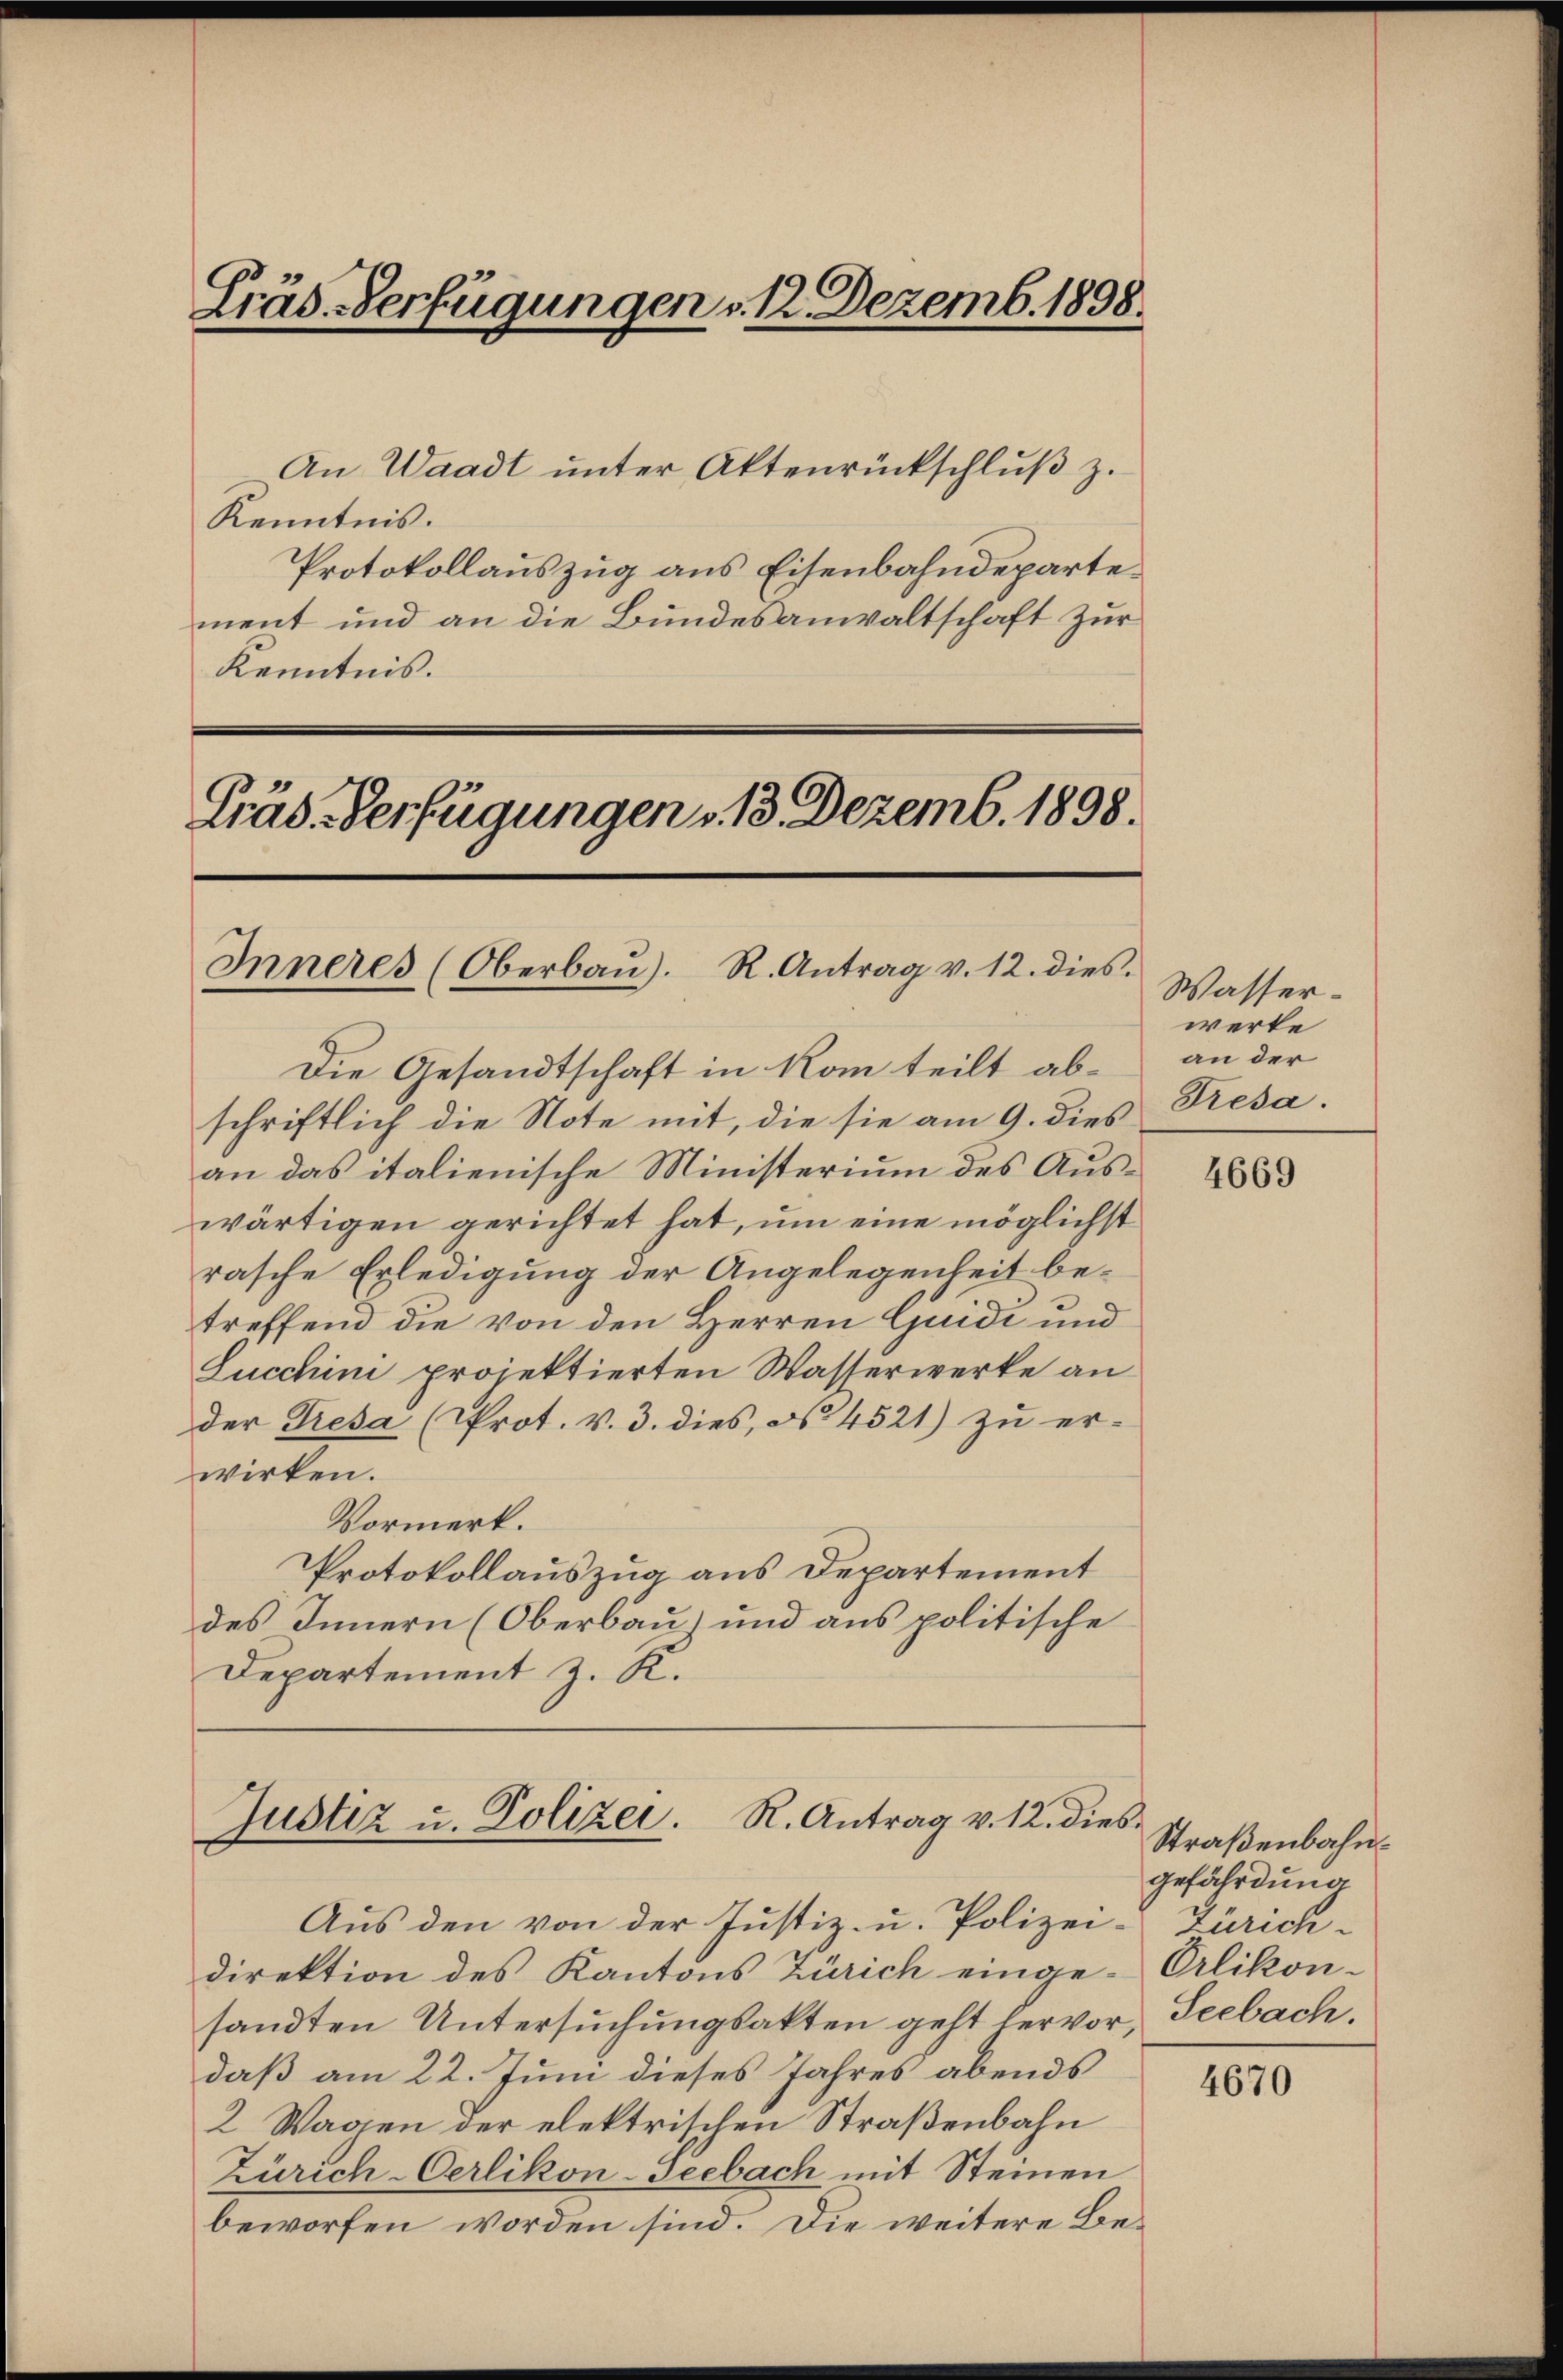
Cräs. Verfügungen v. 12. Dezemb. 1898.

An Waadt ŭnter Aktenrückschlŭβ z.
Kenntnis.
Protokollauszug aus Eisenbahndepartement und an die Bundesanwaltschaft zur
Kenntnis.

Präs. Verfügungen v. 13. Dezemb. 1898.
Inneres (Oberbaŭ). R. Antrag v. 12. dies
Die Gesandtschaft in Rom teilt ab¬

schriftlich die Note mit, die sie am 9. dies
an das italienische Ministerium des Auswärtigen gerichtet hat, um eine möglichst
rasche Erledigung der Angelegenheit betreffend die von den Herren Quidi und
Lucchini projektierten Wasserwerke an
der Tresa (Prot. v. 3. dies, No. 4521) zu er-
wirken.
Vormerk.
Protokollauszug aus Departement
des Innern (Oberbau) und aus politische
Departement z. K.

Justiz u. Polizei. R. Antrag v. 12. dies

Aus den von der Justiz- u. Polizei-Zürichdirektion des Kantons Zürich einge-Orlikon-
sandten Untersuchungsakten geht hervor, Seebach.
daß am 22. Juni dieses Jahres abends
2 Wagen der elektrischen Straßenbahn
Zürich-Oerlikon-Geebach mit Steinen
beworfen worden sind. Die weitere Be¬

Wasserwerke
an der
Tresa.

4669

Straßenbahngefährdung

4670